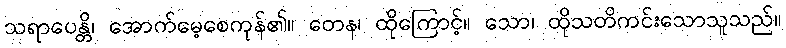
သရာပေန္တိ၊ အောက်မေ့စေကုန်၏။ တေန၊ ထိုကြောင့်။ သော၊ ထိုသတိကင်းသောသူသည်။